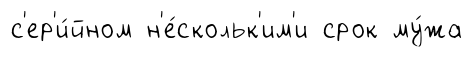
с'ер'и́йном н'е́скольк'им'и срок му́жа